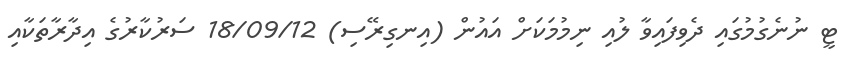
ޓީ ނުނެގުމުގައި ދެވިފައިވާ ލުއި ނިމުމަކަށް އައުން (އިނގިރޭސި) 18/09/12 ސަރުކާރުގެ އިދާރާތަކާއި